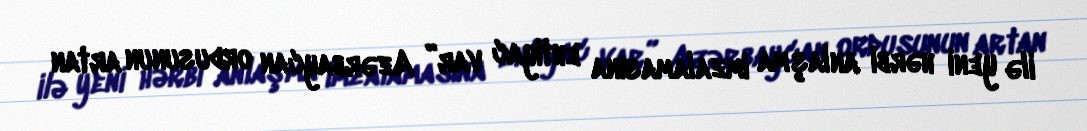
ilə yeni hərbi anlaşma imzalamasına ehtiyac var” Azərbaycan ordusunun artan